Bombay plague: being a history of the progress of plague in the Bombay presidency from September 1896 to June 1899
Year: 1896
Disease focus: Plague
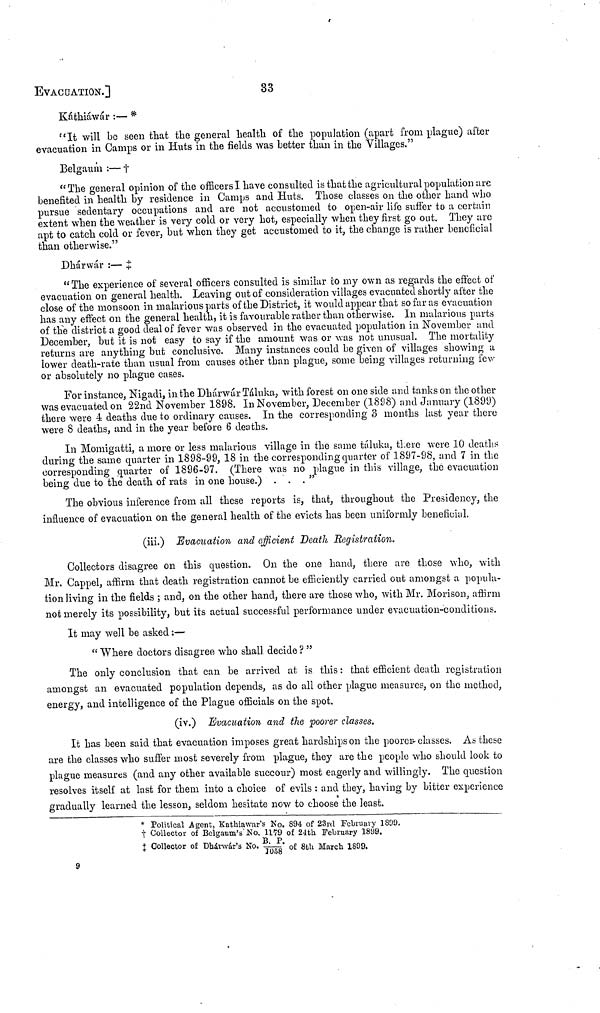
EVACUATION.]
33
Káthiáwár :— *
"It will be seen that the general health of the population (apart from plague) after
evacuation in Camps or in Huts in the fields was better than in the Villages."
Belgaum :— ‡
"The general opinion of the officers I have consulted is that the agricultural population arc
benefited in health by residence in Camps and Huts. Those classes on the other hand who
pursue sedentary occupations and are not accustomed to open-air life suffer to a certain
extent when the weather is very cold or very hot, especially when they first go out. They are
apt to catch cold or fever, but when they get accustomed to it, the change is rather beneficial
than otherwise."
Dhárwár :— ‡
"The experience of several officers consulted is similar to my own as regards the effect of
evacuation on general health. Leaving out of consideration villages evacuated shortly after the
close of the monsoon in malarious parts of the District, it would appear that so far as evacuation
has any effect on the general health, it is favourable rather than otherwise. In malarious parts
of the district a good deal of fever was observed in the evacuated population in November and
December, but it is not easy to say if the amount was or was not unusual. The mortality
returns are anything but conclusive. Many instances could be given of villages showing a
lower death-rate than usual from causes other than plague, some being villages returning few
or absolutely no plague cases.
For instance, Nigadi, in the Dhárwár Táluka, with forest on one side and tanks on the other
was evacuated on 22nd November 1898. In November, December (1898) and January (1899)
there were 4 deaths due to ordinary causes. In the corresponding 3 months last year there
were 8 deaths, and in the year before 6 deaths.
In Momigatti, a more or less malarious village in the same táluka, there were 10 deaths
during the same quarter in 1898-99, 18 in the corresponding quarter of 1897-98, und 7 in the
corresponding quarter of 1896-97. (There was no plague in this village, the evacuation
being due to the death of rats in one house.)
..."
The obvious inference from all these reports is, that, throughout the Presidency, the
influence of evacuation on the general health of the evicts has been uniformly beneficial.
(iii.) Evacuation and efficient Death Eegistraiion.
Collectors disagree on this question. On the one hand, there are those who, with
Mr. Cappel, affirm that death registration cannot be efficiently carried out amongst a popula-
tion living in the fields ; and, on the other hand, there are those who, with Mr. Morison, affirm
not merely its possibility, but its actual successful performance under evacuation-conditions.
It may well be asked :—
" Where doctors disagree who shall decide ? "
The only conclusion that can be arrived at is this : that efficient death registration
amongst an evacuated population depends, as do all other plague measures, on the method,
energy, and intelligence of the Plague officials on the spot.
(iv.) Evacuation and the poorer classes.
It has been said that evacuation imposes great hardships on the poorer-classes. As these
are the classes who suffer most severely from plague, they are the people who should look to
plague measures (and any other available succour) most eagerly and willingly. The question
resolves itself at last for them into a choice of evils : and they, having by bitter experience
gradually learned the lesson, seldom hesitate now to choose the least.
* Political Agent, Kathiawar's No. 894 of 23rd February 1800.
† Collector of Bclgaum's" No, 1179 of 24th February 1899.
B P
‡ Collector of Dhávwár's No. B.P/1058 of 8th March 1899.
9